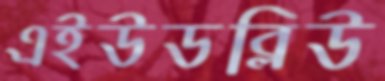
এইউডব্লিউ